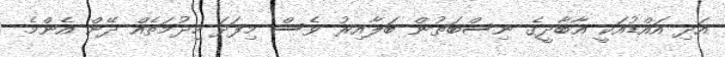
އަދި އައްޑުއަކީ އާބާދީގެ ނިސްބަތުން ބަލާއިރު ވެސް މިފަދަ ހިދުމަތެއް ދޭން އެންމެ